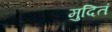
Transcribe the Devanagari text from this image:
मुदितं